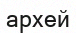
архей